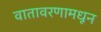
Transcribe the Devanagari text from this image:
वातावरणामधून